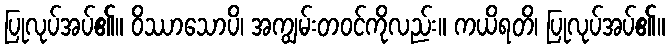
ပြုလုပ်အပ်၏။ ဝိဿာသောပိ၊ အကျွမ်းတဝင်ကိုလည်း။ ကယိရတိ၊ ပြုလုပ်အပ်၏။